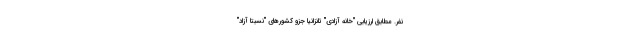
نفر. مطابق ارزیابی "خانه آزادی" تانزانیا جزو کشورهای "نسبتا آزاد"